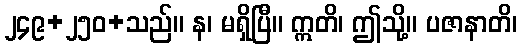
၂၄၉+၂၅၀+သည်။ န၊ မရှိပြီ။ ဣတိ၊ ဤသို့။ ပဇာနာတိ၊